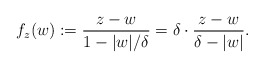
\begin{align*}f_{z}(w) : = \frac{z-w}{1-|w|/\delta} = \delta \cdot \frac{z-w}{\delta - |w|}.\end{align*}